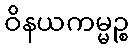
ဝိနယကမ္မဉ္စ